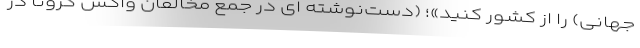
جهانی) را از کشور کنید»؛ (دست‌نوشته ای در جمع مخالفان واکس کرونا در